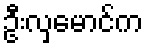
ဦးလှမောင်က